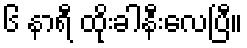
၆ နာရီ ထိုးခါနီးလေပြီ။